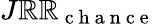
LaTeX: J\mathbb{R}\mathbb{R}_{\mathrm{{~c~h~a~n~c~e~}}}